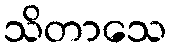
သိတာသေ